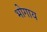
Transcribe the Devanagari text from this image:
भोगाय